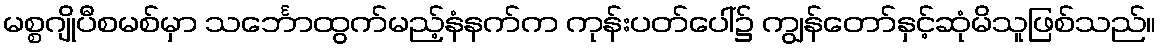
မစ္စဂျိုပီစမစ်မှာ သင်္ဘောထွက်မည့်နံနက်က ကုန်းပတ်ပေါ်၌ ကျွန်တော်နှင့်ဆုံမိသူဖြစ်သည်။